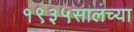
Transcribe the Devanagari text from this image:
१९३५सालच्या